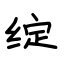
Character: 绽